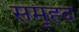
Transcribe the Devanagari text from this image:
समृह्द